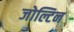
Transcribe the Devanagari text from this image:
जोल्टिन